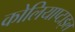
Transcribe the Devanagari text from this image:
कोलियाप्टाइल